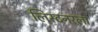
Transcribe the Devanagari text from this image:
लिस्टनरला